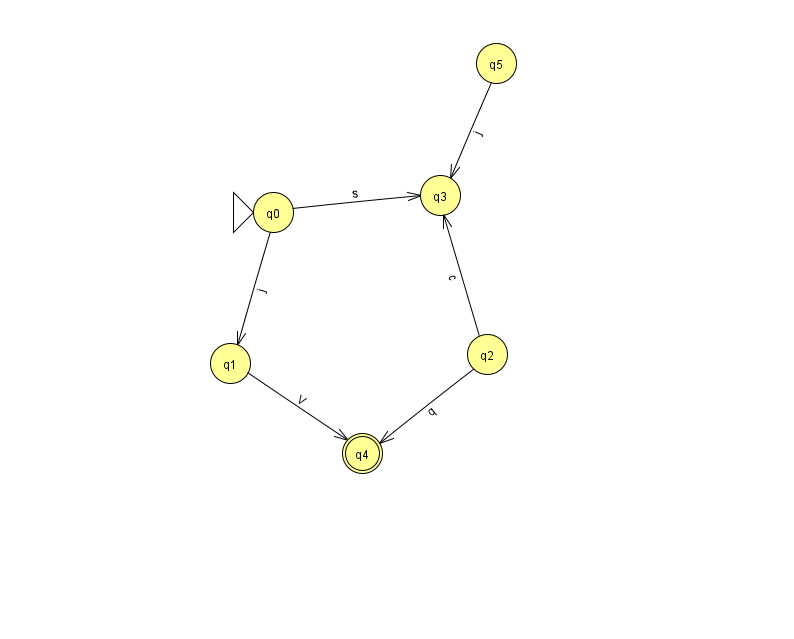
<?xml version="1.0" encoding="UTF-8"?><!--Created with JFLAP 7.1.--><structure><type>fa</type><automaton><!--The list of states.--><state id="0" name="q0"><x>273.0</x><y>199.0</y><initial/></state><state id="1" name="q1"><x>230.0</x><y>350.0</y></state><state id="2" name="q2"><x>487.0</x><y>341.0</y></state><state id="3" name="q3"><x>440.0</x><y>182.0</y></state><state id="4" name="q4"><x>362.0</x><y>440.0</y><final/></state><state id="5" name="q5"><x>496.0</x><y>50.0</y></state><!--The list of transitions.--><transition><from>0</from><to>3</to><read>s</read></transition><transition><from>1</from><to>4</to><read>V</read></transition><transition><from>5</from><to>3</to><read>j</read></transition><transition><from>2</from><to>4</to><read>q</read></transition><transition><from>0</from><to>1</to><read>j</read></transition><transition><from>2</from><to>3</to><read>c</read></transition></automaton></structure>